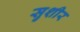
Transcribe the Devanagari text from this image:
सुशीर